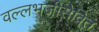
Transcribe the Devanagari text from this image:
वल्लभजीसेवित